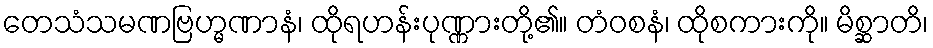
တေသံသမဏဗြဟ္မဏာနံ၊ ထိုရဟန်းပုဏ္ဏားတို့၏။ တံဝစနံ၊ ထိုစကားကို။ မိစ္ဆာတိ၊